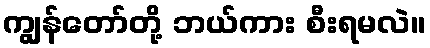
ကျွန်တော်တို့ ဘယ်ကား စီးရမလဲ။